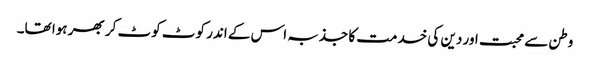
وطن سے محبت اور دین کی خدمت کا جذبہ اس کے اندر کوٹ کوٹ کر بھر ہوا تھا۔